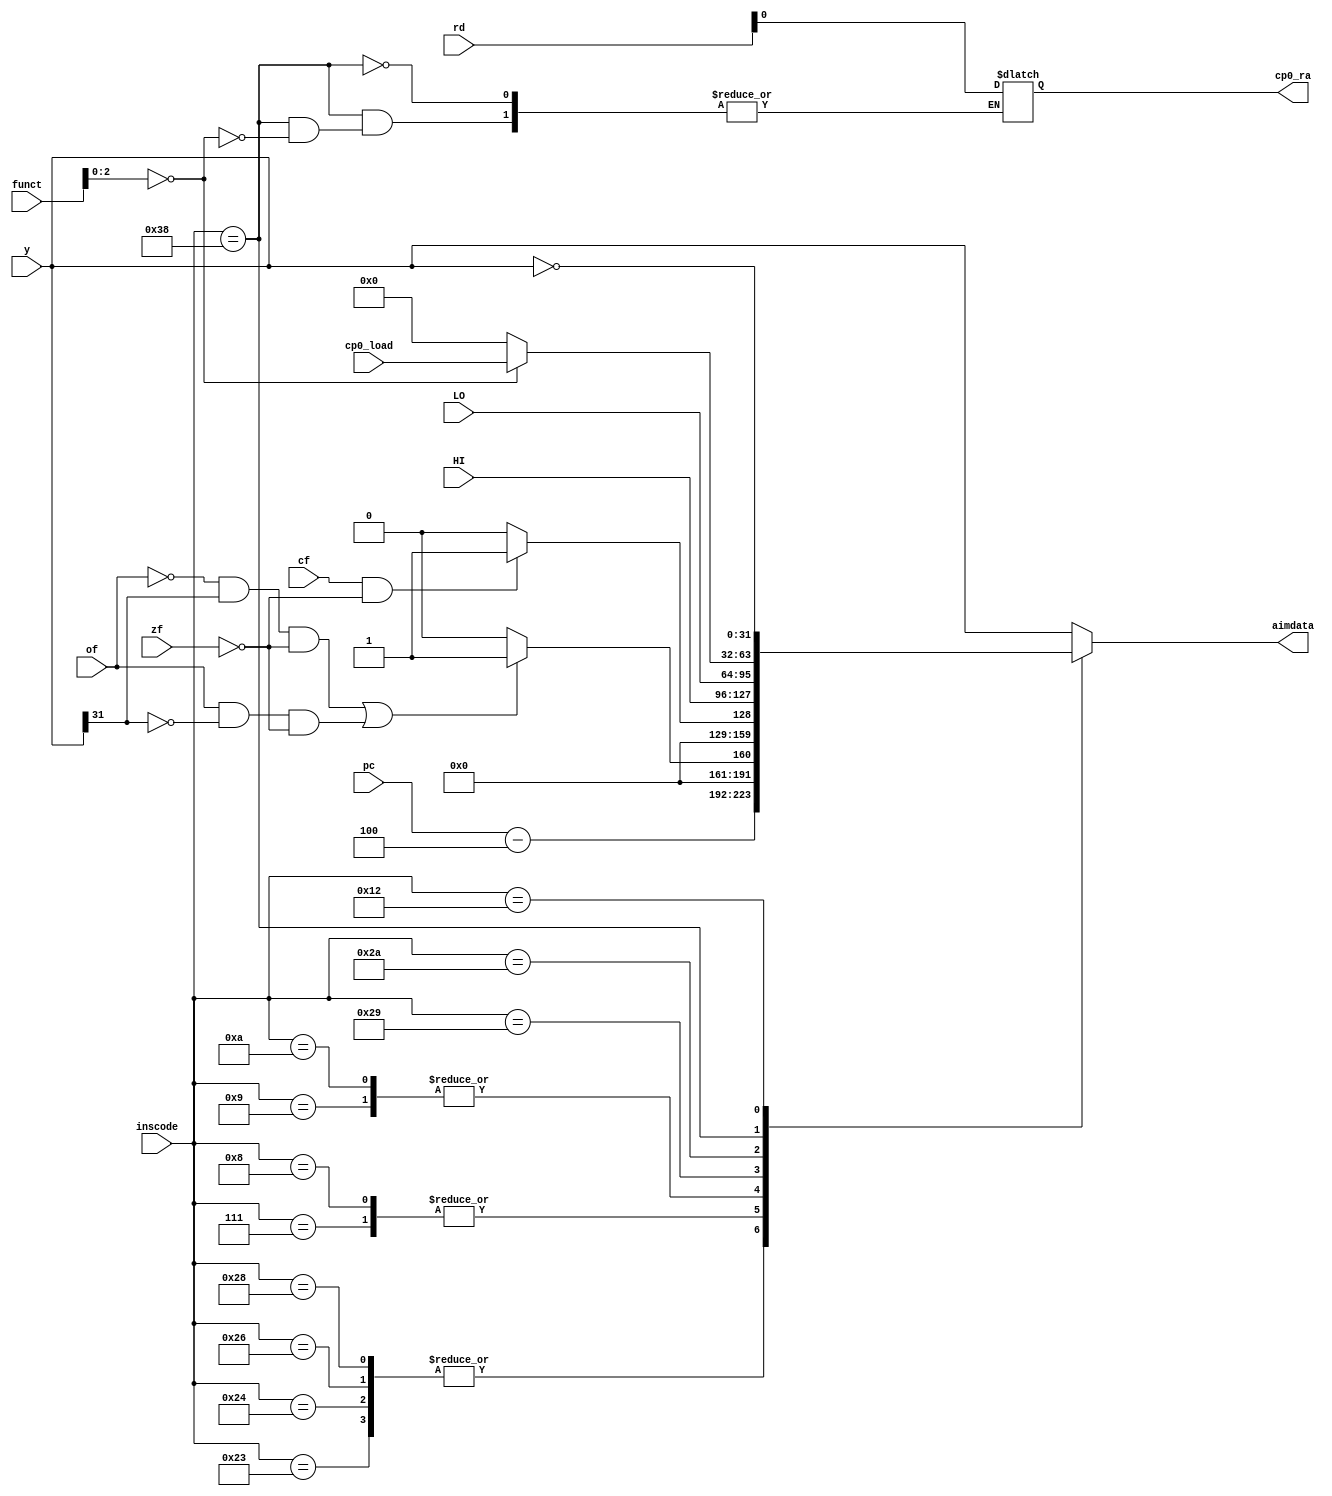
`timescale 1ns / 1ps
//////////////////////////////////////////////////////////////////////////////////
// Company: 
// Engineer: 
// 
// Design Name: 
// Module Name: AimDataGen
// Project Name: 
// Target Devices: 
// Tool Versions: 
// Description: 
// 
// Dependencies: 
// 
// Revision:
// Revision 0.01 - File Created
// Additional Comments:
// 
//////////////////////////////////////////////////////////////////////////////////


module AimDataGen( inscode ,
                   zf      ,
                   cf      ,
                   of      ,
                   y       ,
                   funct   ,
                   rd      ,
                   pc      ,
                   HI      ,
                   LO      ,
                   cp0_ra  ,
                   cp0_load,
                   aimdata );
    
    input wire [5:0] inscode;
    input wire zf,cf,of;
    input wire [31:0] y;
    input wire [5:0] funct;
    input wire [5:0] rd;

    input wire [31:0] pc;
    input wire [31:0] HI;
    input wire [31:0] LO;
    input wire [31:0] cp0_load;
    output reg cp0_ra;
    output reg [31:0] aimdata;

    always@(*)
begin
    case(inscode)
        35: aimdata=pc-4;
        36: aimdata=pc-4;
        38: aimdata=pc-4;
        40: aimdata=pc-4;
        7:  if((~of&y[31]&~zf)|(of&~y[31]&~zf))aimdata=1;else aimdata=0;
        8:  if((~of&y[31]&~zf)|(of&~y[31]&~zf))aimdata=1;else aimdata=0;
        9:  if(cf&~zf) aimdata=1;else aimdata=0;
        10: if(cf&~zf) aimdata=1;else aimdata=0;
        41: aimdata=HI;
        42: aimdata=LO;
        56: if(funct[2:0]==0)
            begin
                cp0_ra = rd;
                aimdata = cp0_load;
            end
            else aimdata=0;
        18: aimdata=~y;
        default: aimdata=y;
    endcase
end
endmodule